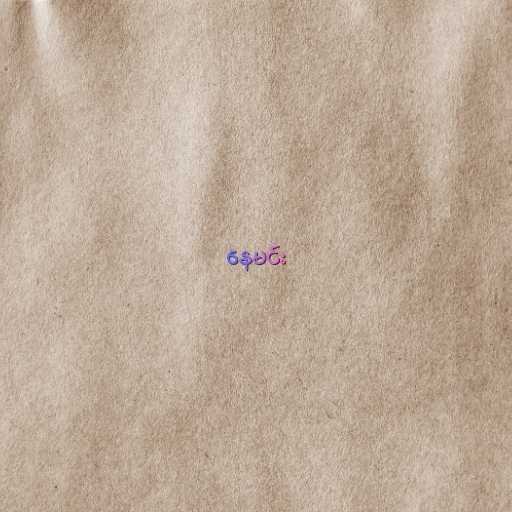
နေမင်း